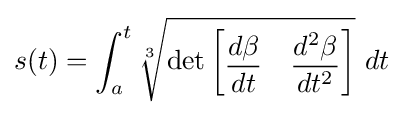
s(t)=\int _{a}^{t}{\sqrt[{3}]{\det {\begin{bmatrix}{\dfrac {d\beta }{dt}}&{\dfrac {d^{2}\beta }{dt^{2}}}\end{bmatrix}}}}\,\,dt